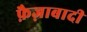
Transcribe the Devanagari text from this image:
फ़ैज़ाबादी